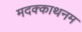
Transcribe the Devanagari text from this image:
मदक्काथनम